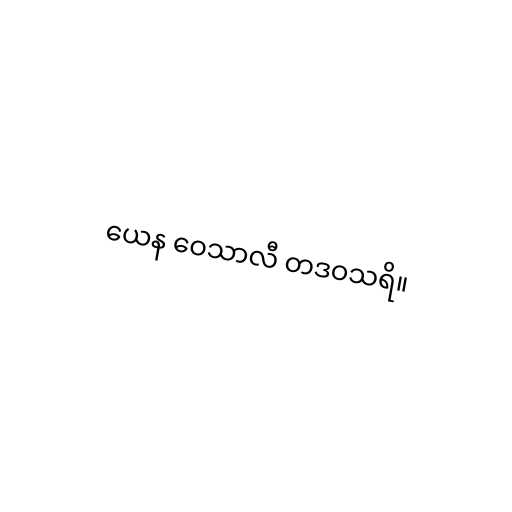
ယေန ဝေသာလီ တဒဝသရိ။